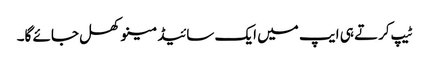
ٹیپ کرتے ہی ایپ میں ایک سائیڈ مینو کھل جائے گا۔